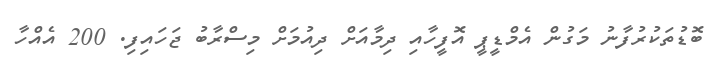
ބޮޑުތަކުރުފާނު މަގުން އެމްޑީޕީ އޮފީހާއި ދިމާއަށް ދިއުމަށް މިސްރާބު ޖަހައިފި. 200 އެއްހާ